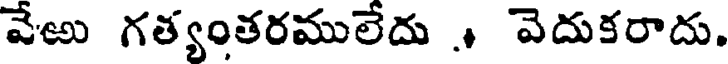
వేఱు గత్యంతరములేదు ., వెదుకరాదు.